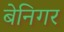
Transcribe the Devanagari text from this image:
बेनिगर